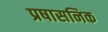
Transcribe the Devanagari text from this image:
प्रषासनिक